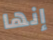
إنها